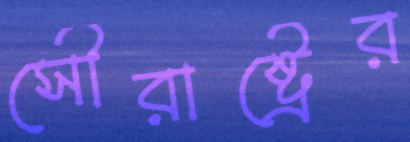
সৌরাষ্ট্রের